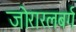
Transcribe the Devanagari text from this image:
जोरारलबर्ग